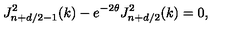
J _ { n + d / 2 - 1 } ^ { 2 } ( k ) - e ^ { - 2 \theta } J _ { n + d / 2 } ^ { 2 } ( k ) = 0 ,